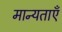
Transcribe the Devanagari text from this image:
मान्‍यताएँ